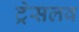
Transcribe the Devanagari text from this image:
ट्रेसलव